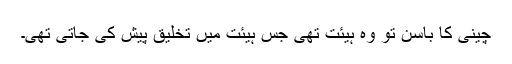
چینی کا باسن تو وہ ہیئت تھی جس ہیئت میں تخلیق پیش کی جاتی تھی۔